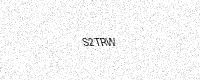
Text: S2TRW